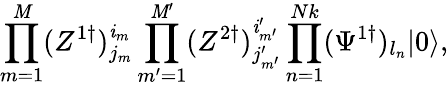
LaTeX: \prod_{m=1}^{\mathit{M}}(Z^{1\dagger})_{j_{m}}^{\mathit{i}_{m}}\prod_{m^{\prime}=1}^{\mathit{M}^{\prime}}(Z^{2\dagger})_{j_{m^{\prime}}^{\prime}}^{\mathit{i}_{m^{\prime}}^{\prime}}\prod_{n=1}^{Nk}(\Psi^{1\dagger})_{l_{n}}|0\rangle,